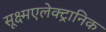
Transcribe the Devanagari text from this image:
सूक्ष्मएलेक्ट्रानिक